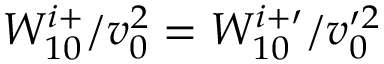
W _ { 1 0 } ^ { i + } / v _ { 0 } ^ { 2 } = W _ { 1 0 } ^ { i + \prime } / v _ { 0 } ^ { \prime 2 }